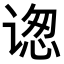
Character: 𬤋